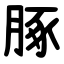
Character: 䐁